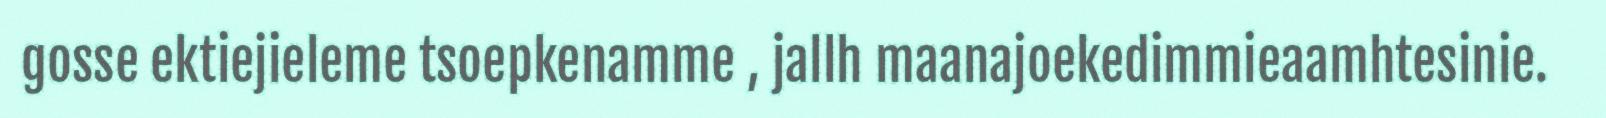
gosse ektiejieleme tsoepkenamme , jallh maanajoekedimmieaamhtesinie.